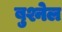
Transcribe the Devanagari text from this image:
बुश्नेल